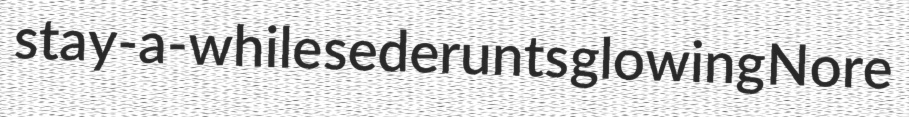
stay-a-while sederunts glowing Nore